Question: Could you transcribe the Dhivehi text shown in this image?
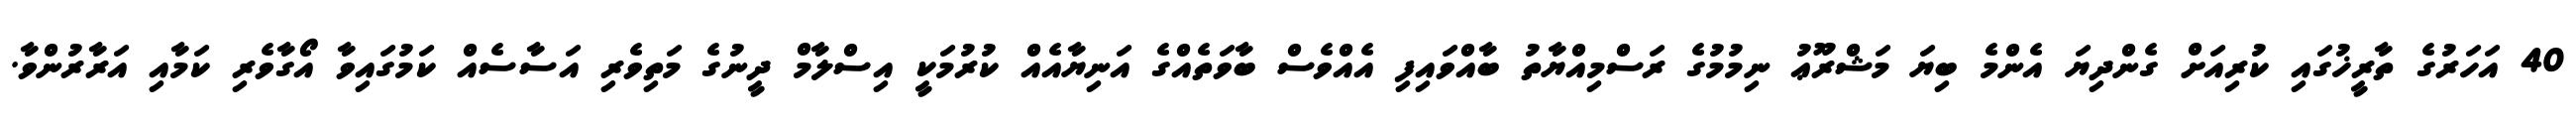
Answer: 40 އަހަރުގެ ތާރީޚުގައި ކުރިއަށް ގެންދިޔަ އެންމެ ބިޔަ މަޝްރޫޢު ނިމުމުގެ ރަސްމިއްޔާތު ބާއްވައިފި އެއްވެސް ބާވަތެއްގެ އަނިޔާއެއް ކުރުމަކީ އިސްލާމް ދީނުގެ މަތިވެރި އަސާސެއް ކަމުގައިވާ އޯގާވެރި ކަމާއި އަރާރުންވާ.